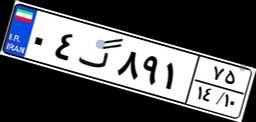
۰۴گ۸۹۱۷۵